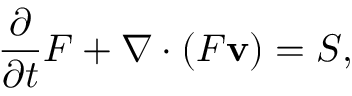
\frac { \partial } { \partial t } F + \boldsymbol { \nabla } \boldsymbol { \cdot } ( F { \mathbf v } ) = S ,